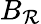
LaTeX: B_{\mathcal{R}}